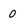
Character: 0